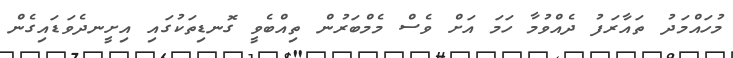
މުހައްމަދު ތައާރަފު ދެއްވުމާ ހަމަ އަށް ވެސް މެމްބަރުން ތިއްބެވީ ގޮނޑިތަކުގައި އިށީނދެވަޑައިގެން